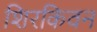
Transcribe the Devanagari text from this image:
शिरकिवन